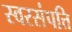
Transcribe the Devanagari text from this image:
स्वरसंपत्ति